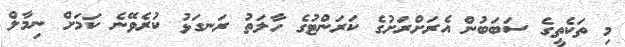
މި ތަކެތީގެ ސަބަބުން އެރަށްރަށުގެ ކަރަންޓުގެ ހާލަތު ރަނގަޅު ކުރެވޭނެ ކަމަށް ނިމާލް